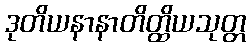
ဒုတိယနာနာတိတ္ထိယသုတ္တ